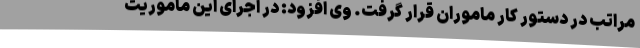
مراتب در دستور کار ماموران قرار گرفت. وی افزود: در اجرای این ماموریت